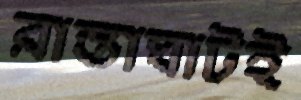
রাস্তাঘাটই